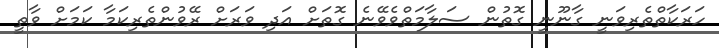
ހަރަކާތްތެރިވަނީ ގާނޫނީ ގޮތުން ސަލާމަތްވެވޭނެ ގޮތަށް އަދި ވަރަށް ރޭވުންތެރިކަމާ ކަމަށް ވާތީ